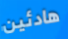
هادئين